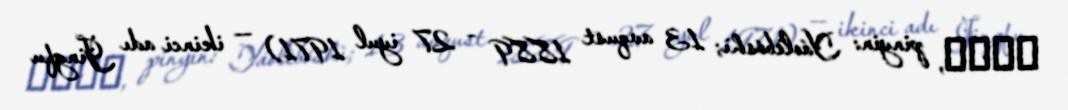
堯樂博士, pinyin: Yáolèbóshì; 13 avqust 1889 – 27 iyul 1971) — ikinci adı Jingfu